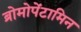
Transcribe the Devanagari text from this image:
ब्रोमोपेंटामिन